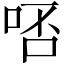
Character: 𠳝